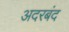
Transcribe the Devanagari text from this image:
अदरबंद